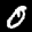
Label: 0